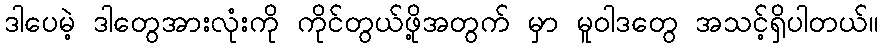
ဒါပေမဲ့ ဒါတွေအားလုံးကို ကိုင်တွယ်ဖို့အတွက် မှာ မူဝါဒတွေ အသင့်ရှိပါတယ်။